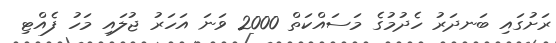
ރަށުގައި ބަނދަރު ހެދުމުގެ މަސައްކަތް 2000 ވަނަ އަހަރު ޖުލައި މަހު ފެއްޓި